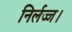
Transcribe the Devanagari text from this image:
निर्लज्ज।